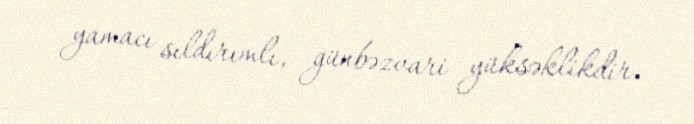
yamacı sıldırımlı, günbəzvari yüksəklikdir.